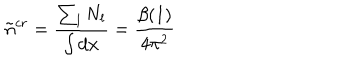
LaTeX: \tilde { n } ^ { c r } = \frac { \sum _ { l } N _ { l } } { \int d { \bf x } } = \frac { \beta ( 1 ) } { 4 \pi ^ { 2 } }